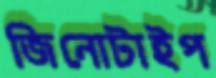
জিনোটাইপ